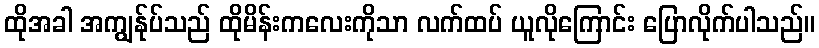
ထိုအခါ အကျွန်ုပ်သည် ထိုမိန်းကလေးကိုသာ လက်ထပ် ယူလိုကြောင်း ပြောလိုက်ပါသည်။